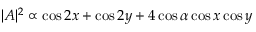
| A | ^ { 2 } \propto \cos 2 x + \cos 2 y + 4 \cos \alpha \cos x \cos y